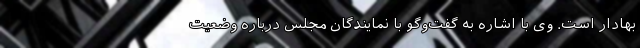
بهادار است. وی با اشاره به گفت‌وگو با نمایندگان مجلس درباره وضعیت